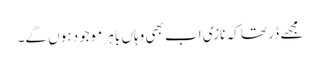
مجھے ڈر تھا کہ نازی اب بھی وہاں باہر موجود ہوں گے۔